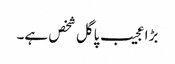
بڑا عجیب پاگل شخص ہے۔